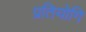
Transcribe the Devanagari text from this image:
प्रतियोगि